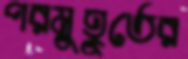
পরমুহূর্তের